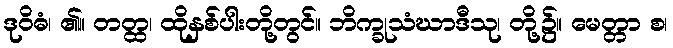
ဒုဝိဓံ၊ ၏။ တတ္ထ၊ ထိုနှစ်ပါးတို့တွင်။ ဘိက္ခုသံဃာဒီသု၊ တို့၌။ မေတ္တာ စ၊